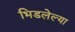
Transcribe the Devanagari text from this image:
भिडलेल्या